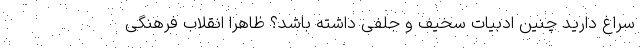
سراغ دارید چنین ادبیات سخیف و جلفی داشته باشد؟ ظاهرا انقلاب فرهنگی